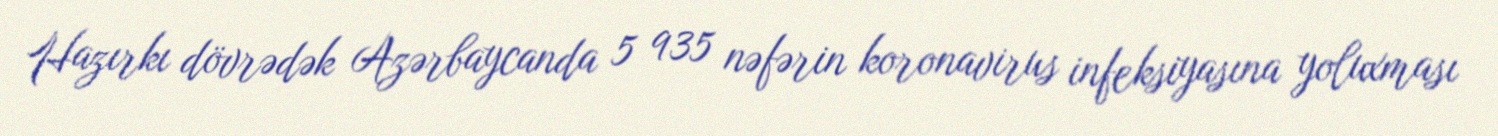
Hazırkı dövrədək Azərbaycanda 5 935 nəfərin koronavirus infeksiyasına yoluxması